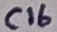
Text: C16